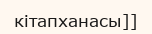
кітапханасы]]